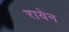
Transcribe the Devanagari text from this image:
रायेन